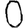
Digit: 0